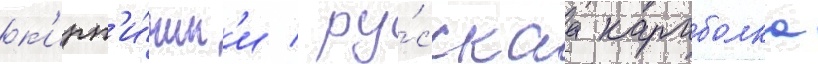
к'ирп'и́чик'и / ру́сскаа караболка